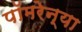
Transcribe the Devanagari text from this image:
पॉमरेन्या